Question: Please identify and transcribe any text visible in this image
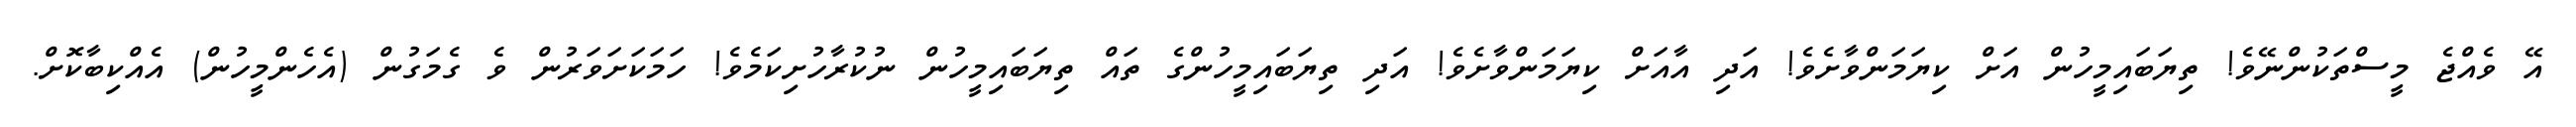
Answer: އޭ ވެއްޖެ މީސްތަކުންނޭވެ! ތިޔަބައިމީހުން އަށް ކިޔަމަންވާށެވެ! އަދި އާއަށް ކިޔަމަންވާށެވެ! އަދި ތިޔަބައިމީހުންގެ ތައް ތިޔަބައިމީހުން ނުކުރާހުށިކަމެވެ! ހަމަކަށަވަރުން ވެ ގެމަގުން (އެހެންމީހުން) އެއްކިބާކޮށް.